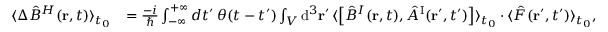
\begin{array} { r l } { \langle \Delta \hat { B } ^ { H } ( { \bf r } , t ) \rangle _ { t _ { 0 } } } & { = \frac { - i } { \hbar } \int _ { - \infty } ^ { + \infty } d t ^ { \prime } \, \theta ( t - t ^ { \prime } ) \int _ { \cal V } \mathrm { d } ^ { 3 } { \bf r } ^ { \prime } \, \langle \left[ \hat { B } ^ { I } ( { \bf r } , t ) , \hat { A } ^ { \mathrm { I } } ( { \bf r } ^ { \prime } , t ^ { \prime } ) \right] \rangle _ { t _ { 0 } } \cdot \langle \hat { F } ( { \bf r } ^ { \prime } , t ^ { \prime } ) \rangle _ { t _ { 0 } } , } \end{array}